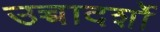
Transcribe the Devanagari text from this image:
उच्चादर्शो